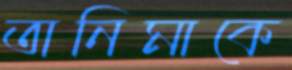
তানিমাকে